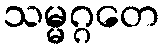
သမ္မဂ္ဂတေ